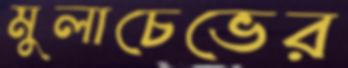
মুলাচেভের